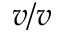
v / v